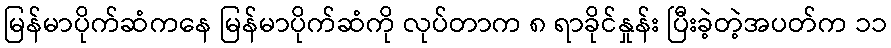
မြန်မာပိုက်ဆံကနေ မြန်မာပိုက်ဆံကို လုပ်တာက ၈ ရာခိုင်နှုန်း ပြီးခဲ့တဲ့အပတ်က ၁၁